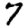
Digit: 7